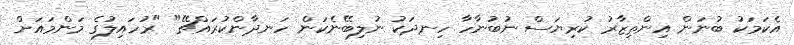
އެކަމަކު ބުނަން އިންތިޒާރު ކުރިޔަސް ނުބުނާހާ ހިނދަކު ނުލިބޭނެކަން ހަނދާންކުރައްޗޭ" "ރުހައިލުގެ މަންމައަށް